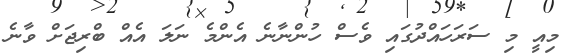
މިއީ މި ސަރަހައްދުގައި ވެސް ހުންނާނެ އެންމެ ނަލަ އެއް ބްރިޖަށް ވާނެ